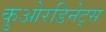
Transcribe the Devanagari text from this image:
कुओरडिनेट्स